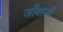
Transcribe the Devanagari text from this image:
जाँबाजी